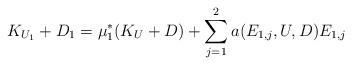
LaTeX: \begin{align*}K_{U_1} +D_1 = \mu_1^*(K_U +D) + \sum_{j=1}^2 a(E_{1,j}, U, D) E_{1,j} \end{align*}